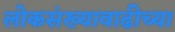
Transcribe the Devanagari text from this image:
लोकसंख्यावाढीच्या